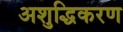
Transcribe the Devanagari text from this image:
अशुद्धिकरण